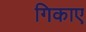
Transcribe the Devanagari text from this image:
गिकाए